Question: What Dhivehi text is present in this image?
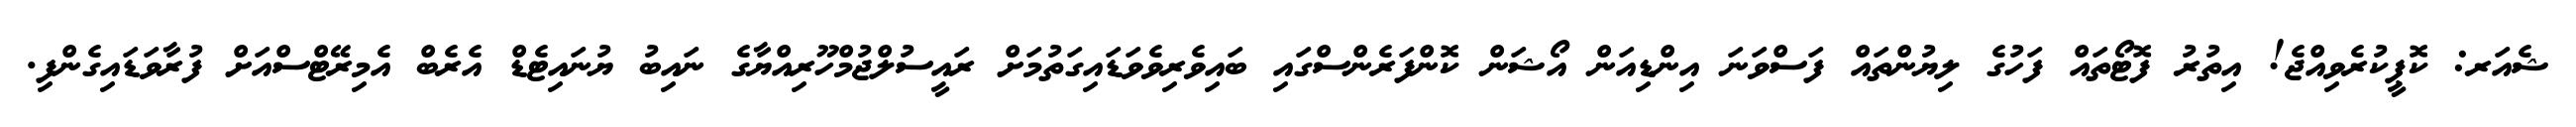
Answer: ޝެއަރ: ކޮޕީކުރެވިއްޖެ! އިތުރު ފޮޓޯތައް ފަހުގެ ލިޔުންތައް ފަސްވަނަ އިންޑިއަން އޯޝަން ކޮންފަރެންސްގައި ބައިވެރިވެވަޑައިގަތުމަށް ރައީސުލްޖުމްހޫރިއްޔާގެ ނައިބު ޔުނައިޓެޑް އެރެބް އެމިރޭޓްސްއަށް ފުރާވަޑައިގެންފި.